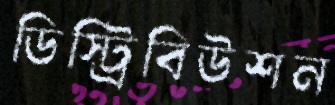
ডিস্ট্রিবিউশন